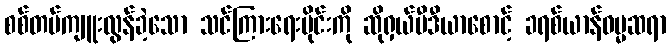
စစ်တပ်ကျူးလွန်ခဲ့သော သင်ကြားရေးပိုင်းကို ဆိုရှယ်မီဒီယာစောင့် ခရစ်ယာန်ဓမ္မဆရာ